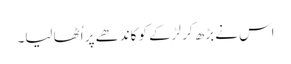
اس نے بڑھ کر لڑکے کو کاندھے پر اُٹھا لیا۔